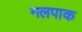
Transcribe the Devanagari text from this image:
नलपाक